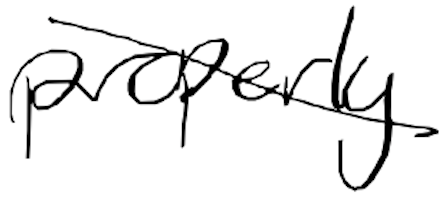
Text: properly
Cross-out: diagonal
Writing tool: digital_black